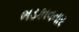
ભડકાવનાર